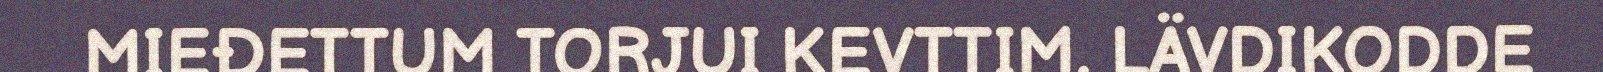
MIEĐETTUM TORJUI KEVTTIM. LÄVDIKODDE